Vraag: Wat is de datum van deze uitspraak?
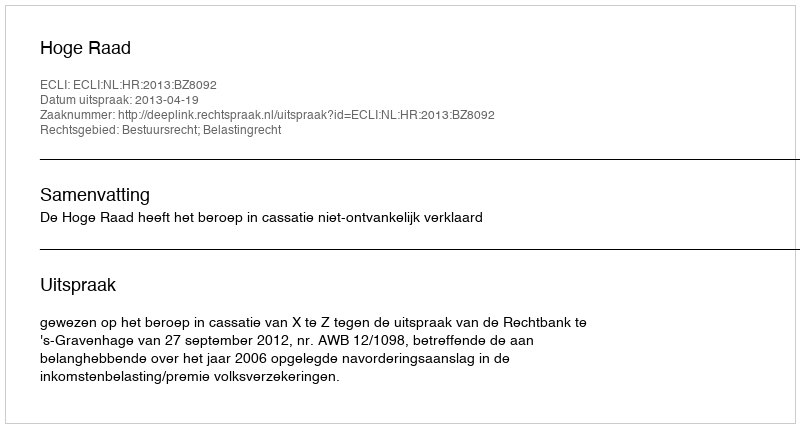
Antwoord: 2013-04-19